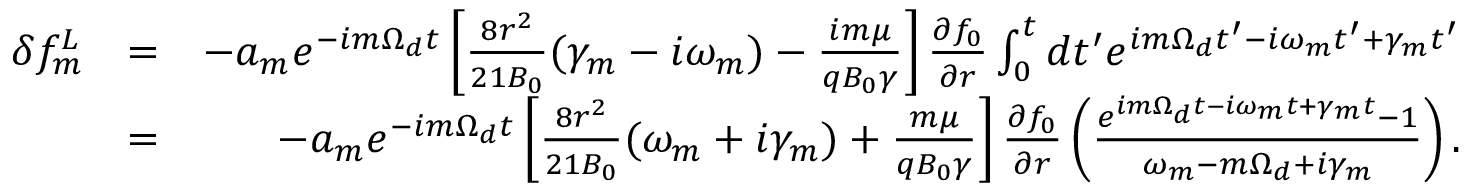
\begin{array} { r l r } { \delta f _ { m } ^ { L } } & { = } & { - a _ { m } e ^ { - i m \Omega _ { d } t } \left[ \frac { 8 r ^ { 2 } } { 2 1 B _ { 0 } } ( \gamma _ { m } - i \omega _ { m } ) - \frac { i m \mu } { q B _ { 0 } \gamma } \right] \frac { \partial f _ { 0 } } { \partial r } \int _ { 0 } ^ { t } d t ^ { \prime } e ^ { i m \Omega _ { d } t ^ { \prime } - i \omega _ { m } t ^ { \prime } + \gamma _ { m } t ^ { \prime } } } \\ & { = } & { - a _ { m } e ^ { - i m \Omega _ { d } t } \left[ \frac { 8 r ^ { 2 } } { 2 1 B _ { 0 } } ( \omega _ { m } + i \gamma _ { m } ) + \frac { m \mu } { q B _ { 0 } \gamma } \right] \frac { \partial f _ { 0 } } { \partial r } \left( \frac { e ^ { i m \Omega _ { d } t - i \omega _ { m } t + \gamma _ { m } t } - 1 } { \omega _ { m } - m \Omega _ { d } + i \gamma _ { m } } \right) . } \end{array}